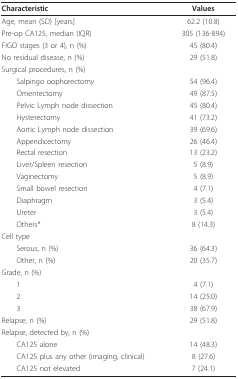
<table><thead><tr><td><b>Characteristic</b></td><td><b>Values</b></td></tr></thead><tbody><tr><td>Age, mean (SD) [years]</td><td>62.2 (10.8)</td></tr><tr><td>Pre-op CA125, median (IQR)</td><td>305 (136-894)</td></tr><tr><td>FIGO stages (3 or 4), n (%)</td><td>45 (80.4)</td></tr><tr><td>No residual disease, n (%)</td><td>29 (51.8)</td></tr><tr><td>Surgical procedures, n (%)</td><td></td></tr><tr><td> Salpingo oophorectomy</td><td>54 (96.4)</td></tr><tr><td> Omentectomy</td><td>49 (87.5)</td></tr><tr><td> Pelvic Lymph node dissection</td><td>45 (80.4)</td></tr><tr><td> Hysterectomy</td><td>41 (73.2)</td></tr><tr><td> Aortic Lymph node dissection</td><td>39 (69.6)</td></tr><tr><td> Appendicectomy</td><td>26 (46.4)</td></tr><tr><td> Rectal resection</td><td>13 (23.2)</td></tr><tr><td> Liver/Spleen resection</td><td>5 (8.9)</td></tr><tr><td> Vaginectomy</td><td>5 (8.9)</td></tr><tr><td> Small bowel resection</td><td>4 (7.1)</td></tr><tr><td> Diaphragm</td><td>3 (5.4)</td></tr><tr><td> Ureter</td><td>3 (5.4)</td></tr><tr><td> Others*</td><td>8 (14.3)</td></tr><tr><td>Cell type</td><td></td></tr><tr><td> Serous, n (%)</td><td>36 (64.3)</td></tr><tr><td> Other, n (%)</td><td>20 (35.7)</td></tr><tr><td>Grade, n (%)</td><td></td></tr><tr><td> 1</td><td>4 (7.1)</td></tr><tr><td> 2</td><td>14 (25.0)</td></tr><tr><td> 3</td><td>38 (67.9)</td></tr><tr><td>Relapse, n (%)</td><td>29 (51.8)</td></tr><tr><td>Relapse, detected by, n (%)</td><td></td></tr><tr><td> CA125 alone</td><td>14 (48.3)</td></tr><tr><td> CA125 plus any other (imaging, clinical)</td><td>8 (27.6)</td></tr><tr><td> CA125 not elevated</td><td>7 (24.1)</td></tr></tbody></table>